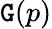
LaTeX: \mathtt{G}(p)